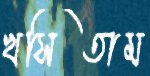
খসিতাম